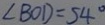
\angle B O D = 5 4 ^ { \circ }